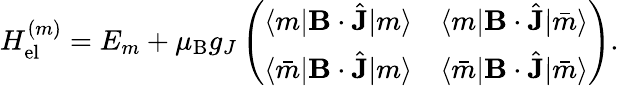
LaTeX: H_{\mathrm{el}}^{(m)}=E_{m}+\mu_{\mathrm{B}}g_{J}\left(\begin{array}{cc}{\langle m|\mathbf{B}\cdot\hat{\mathbf{J}}|m\rangle}&{\langle m|\mathbf{B}\cdot\hat{\mathbf{J}}|\bar{m}\rangle}\\ {\langle\bar{m}|\mathbf{B}\cdot\hat{\mathbf{J}}|m\rangle}&{\langle\bar{m}|\mathbf{B}\cdot\hat{\mathbf{J}}|\bar{m}\rangle}\end{array}\right).